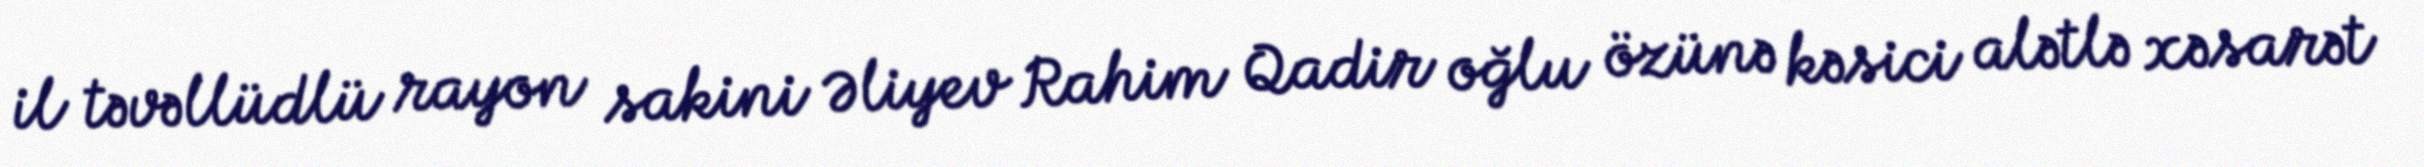
il təvəllüdlü rayon sakini Əliyev Rahim Qadir oğlu özünə kəsici alətlə xəsarət